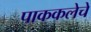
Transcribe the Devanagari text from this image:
पाककलेचे